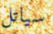
سياتل